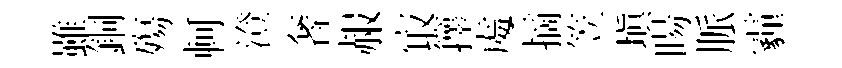
雖銅殤軻澄奢赧㝡籜䖏摘笠填暘脈霾